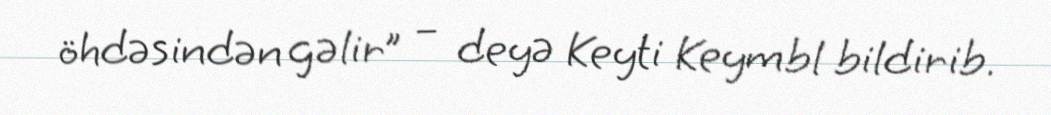
öhdəsindən gəlir” – deyə Keyti Keymbl bildirib.